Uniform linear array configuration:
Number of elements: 8
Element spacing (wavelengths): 0.25
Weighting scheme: binomial
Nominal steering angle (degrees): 45
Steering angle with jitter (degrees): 43.346
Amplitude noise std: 0.05
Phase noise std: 0.05

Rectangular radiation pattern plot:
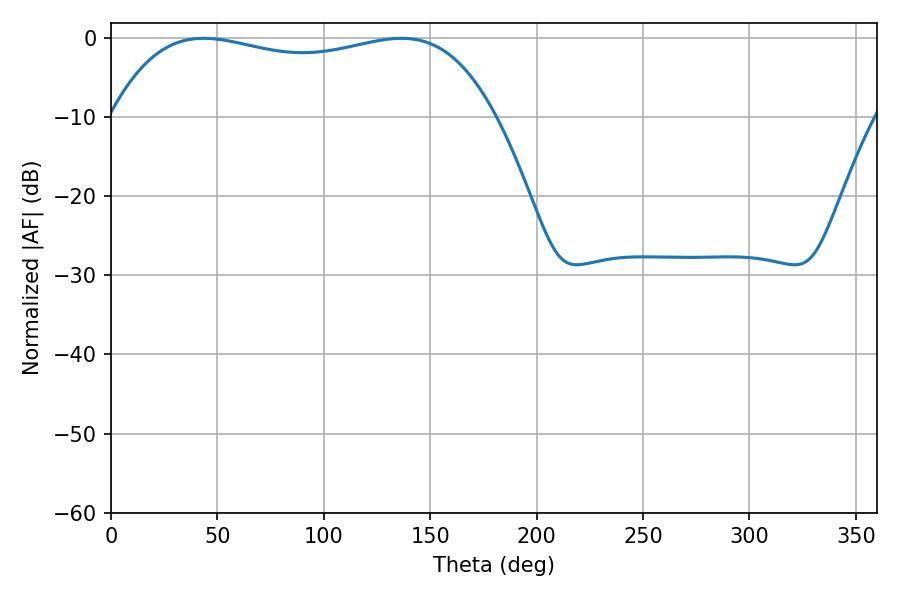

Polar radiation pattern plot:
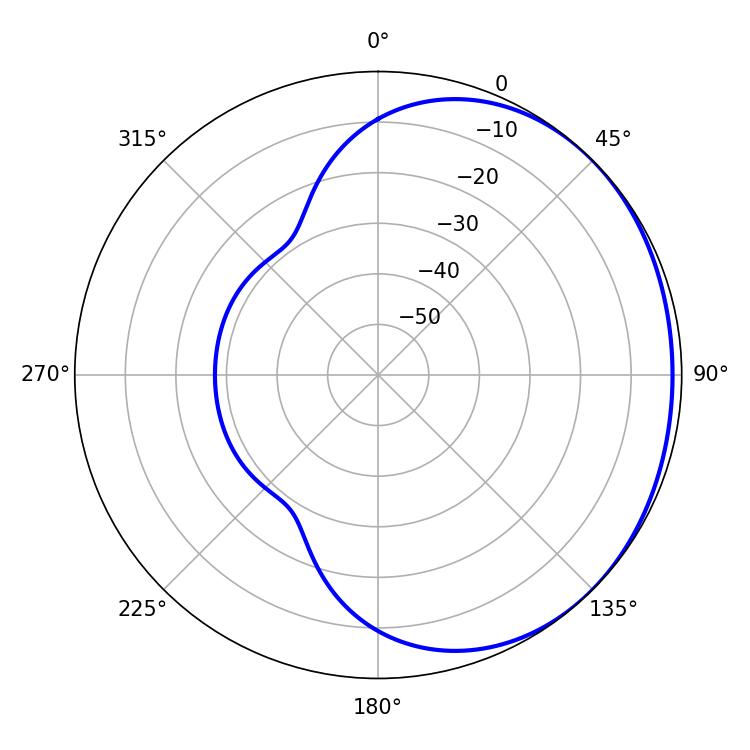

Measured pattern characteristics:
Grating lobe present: FALSE
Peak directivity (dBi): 1.022
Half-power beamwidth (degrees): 145.8
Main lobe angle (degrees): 43.56